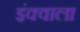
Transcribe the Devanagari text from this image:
इंक्वाला